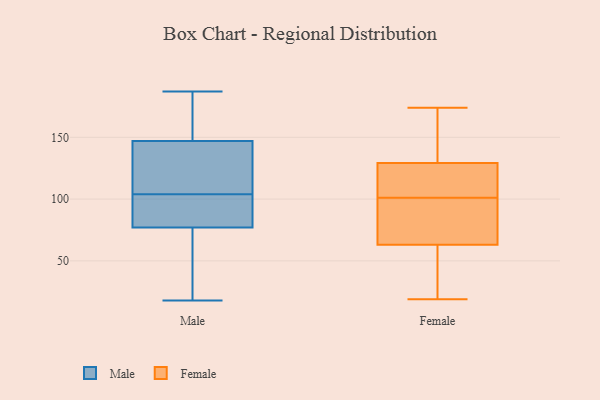
{"axis": {"x": "Temperature (°C)", "y": "Value"}, "legend": ["Female", "Male"], "data": [{"x": "", "y": 103, "type": "Male"}, {"x": "", "y": 110, "type": "Male"}, {"x": "", "y": 45, "type": "Male"}, {"x": "", "y": 135, "type": "Male"}, {"x": "", "y": 24, "type": "Male"}, {"x": "", "y": 105, "type": "Male"}, {"x": "", "y": 160, "type": "Male"}, {"x": "", "y": 99, "type": "Male"}, {"x": "", "y": 159, "type": "Male"}, {"x": "", "y": 173, "type": "Male"}, {"x": "", "y": 18, "type": "Male"}, {"x": "", "y": 100, "type": "Male"}, {"x": "", "y": 131, "type": "Male"}, {"x": "", "y": 187, "type": "Male"}, {"x": "", "y": 71, "type": "Male"}, {"x": "", "y": 83, "type": "Male"}, {"x": "", "y": 78, "type": "Female"}, {"x": "", "y": 85, "type": "Female"}, {"x": "", "y": 32, "type": "Female"}, {"x": "", "y": 137, "type": "Female"}, {"x": "", "y": 121, "type": "Female"}, {"x": "", "y": 58, "type": "Female"}, {"x": "", "y": 101, "type": "Female"}, {"x": "", "y": 19, "type": "Female"}, {"x": "", "y": 87, "type": "Female"}, {"x": "", "y": 113, "type": "Female"}, {"x": "", "y": 139, "type": "Female"}, {"x": "", "y": 132, "type": "Female"}, {"x": "", "y": 113, "type": "Female"}, {"x": "", "y": 56, "type": "Female"}, {"x": "", "y": 174, "type": "Female"}]}